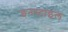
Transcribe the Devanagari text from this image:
इनस्टाइल